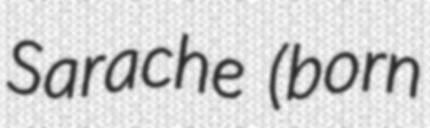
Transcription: Sarache (born